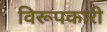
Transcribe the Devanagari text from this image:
विरूपकारी